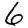
Digit: 6